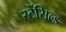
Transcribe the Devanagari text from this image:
स्टेंसिल्ड